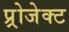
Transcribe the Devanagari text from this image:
प्र्रोजेक्ट